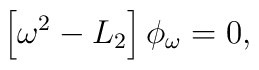
\left[\omega^2-L_2\right]\phi_\omega=0,